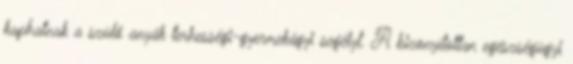
kaphatnak a szülő anyák terhességi-gyermekágyi segélyt. A bizonyítottan egészségügyi